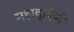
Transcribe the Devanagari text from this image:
महादुर्बिणी